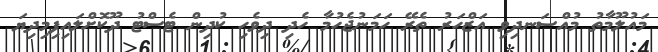
މައުލޫމާތު މުއްސަނދިވި އަޒްހަރު ތެރޭ ހަމަނުޖެހުމާ ހެދި ދިވެހި ކުދިން ޓެސްޓު ދޫކޮށްލައިފިމިދިޔަ